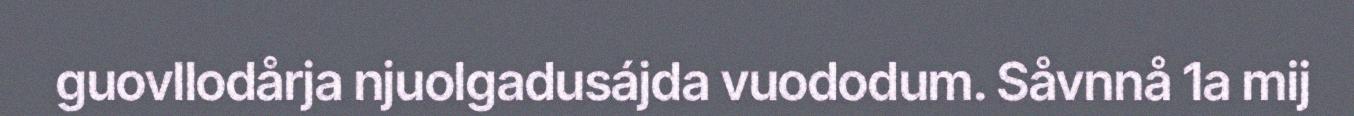
guovllodårja njuolgadusájda vuododum. Såvnnå 1a mij